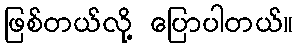
ဖြစ်တယ်လို့ ပြောပါတယ်။